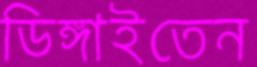
ডিঙ্গাইতেন